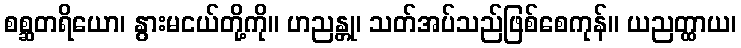
စစ္ဆတရိယော၊ နွားမငယ်တို့ကို။ ဟညန္တု၊ သတ်အပ်သည်ဖြစ်စေကုန်။ ယညတ္ထာယ၊